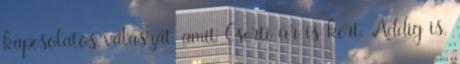
kapcsolatos válaszát, amit Cserti úr is kért. Addig is,